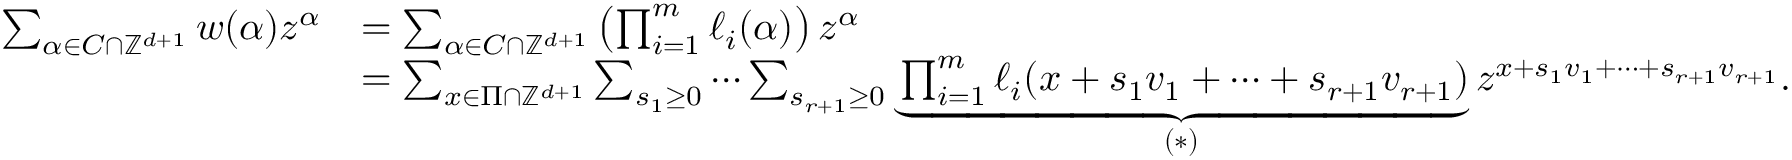
\begin{array} { r l } { \sum _ { \alpha \in C \cap \mathbb { Z } ^ { d + 1 } } w ( \alpha ) z ^ { \alpha } } & { = \sum _ { \alpha \in C \cap \mathbb { Z } ^ { d + 1 } } \left( \prod _ { i = 1 } ^ { m } \ell _ { i } ( \alpha ) \right) z ^ { \alpha } } \\ & { = \sum _ { x \in \Pi \cap \mathbb { Z } ^ { d + 1 } } \sum _ { s _ { 1 } \geq 0 } \cdots \sum _ { s _ { r + 1 } \geq 0 } \underbrace { \prod _ { i = 1 } ^ { m } \ell _ { i } ( { x + s _ { 1 } v _ { 1 } + \cdots + s _ { r + 1 } v _ { r + 1 } } ) } _ { ( * ) } z ^ { x + s _ { 1 } v _ { 1 } + \cdots + s _ { r + 1 } v _ { r + 1 } } . } \end{array}